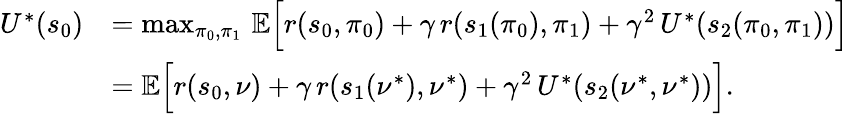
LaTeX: \begin{array}{rl}{U^{*}(s_{0})}&{=\operatorname*{max}_{\pi_{0},\pi_{1}}\, \mathbb{E}\Bigl[r(s_{0},\pi_{0})+\gamma\, r(s_{1}(\pi_{0}),\pi_{1})+\gamma^{2}\, U^{*}(s_{2}(\pi_{0},\pi_{1}))\Bigr]}\\ &{=\mathbb{E}\Bigl[r(s_{0},\nu)+\gamma\, r(s_{1}(\nu^{*}),\nu^{*})+\gamma^{2}\, U^{*}(s_{2}(\nu^{*},\nu^{*}))\Bigr].}\end{array}